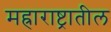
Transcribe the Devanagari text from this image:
मह्राराष्ट्रातील